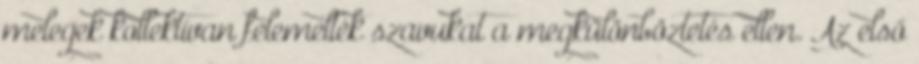
melegek kollektívan felemelték szavukat a megkülönböztetés ellen. Az első